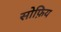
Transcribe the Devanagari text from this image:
सोफ़िय